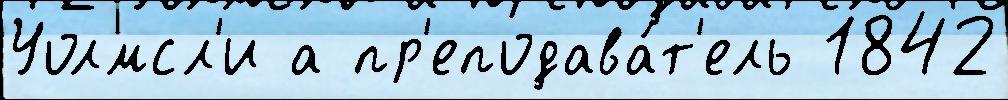
Уолмсл'и а пр'еподава́т'ель 1842